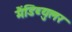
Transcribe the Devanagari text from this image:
मैंडिब्युलर